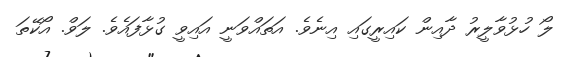
ލޯ ހުޅުވާލީރު ދާއިން ކައިރީގައި އިނެވެ. އަތައްވަނީ އައިވީ ގުޅާފައެވެ. ލަވް. އޯކޭތަ